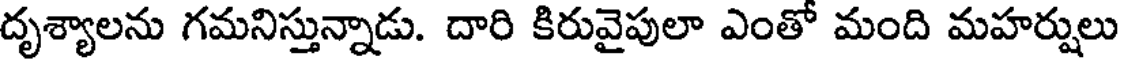
దృశ్యాలను గమనిస్తున్నాడు. దారి కిరువైపులా ఎంతో మంది మహర్షులు